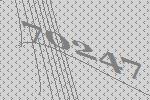
70247